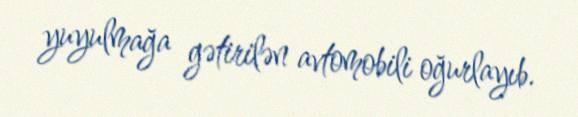
yuyulmağa gətirilən avtomobili oğurlayıb.